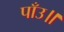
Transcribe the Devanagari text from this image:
पाँउ॥